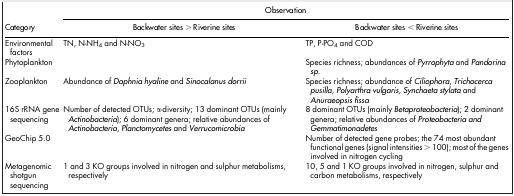
| <ROWSPAN=2> Category | <COLSPAN=2> Observation |
 | Backwater sites > Riverine sites | Backwater sites < Riverine sites |
 | --- | --- | --- |
 | Environmental factors | TN, N-NH4 and N-NO3 | TP, P-PO4 and COD |
 | Phytoplankton |  | Species richness; abundances of Pyrrophyta and Pandorina sp. |
 | Zooplankton | Abundance of Daphnia hyaline and Sinocalanus dorrii | Species richness; abundance of Ciliophora, Trichocerca pusilla, Polyarthra vulgaris, Synchaeta stylata and Anuraeopsis fissa |
 | 16S rRNA gene sequencing | Number of detected OTUs; α-diversity; 13 dominant OTUs (mainly Actinobacteria); 6 dominant genera; relative abundances of Actinobacteria, Planctomycetes and Verrucomicrobia | 8 dominant OTUs (mainly Betaproteobacteria); 2 dominant genera; relative abundances of Proteobacteria and Gemmatimonadetes |
 | GeoChip 5.0 |  | Number of detected gene probes; the 74 most abundant functional genes (signal intensities > 100); most of the genes involved in nitrogen cycling |
 | Metagenomic shotgun sequencing | 1 and 3 KO groups involved in nitrogen and sulphur metabolisms, respectively | 10, 5 and 1 KO groups involved in nitrogen, sulphur and carbon metabolisms, respectively |